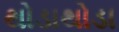
થોડાથોડા